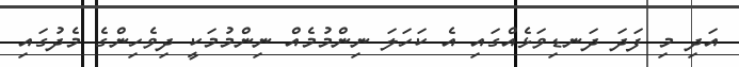
އަދި މި ފަދަ ދަނޑިވަޅެއްގައި އެ ކަހަލަ ނިންމުމެއް ނިންމުމަކީ ދިވެހިންގެ މެދުގައި